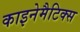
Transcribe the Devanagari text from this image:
काइनेमैटिक्स